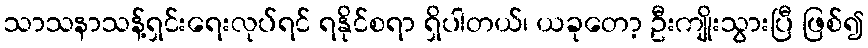
သာသနာသန့်ရှင်းရေးလုပ်ရင် ရနိုင်စရာ ရှိပါတယ်၊ ယခုတော့ ဦးကျိုးသွားပြီ ဖြစ်၍